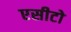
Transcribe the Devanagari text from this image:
एसीटो